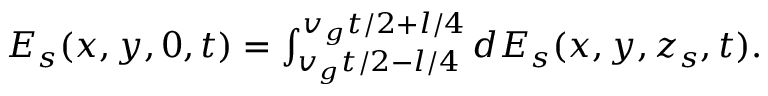
\begin{array} { r } { E _ { s } ( x , y , 0 , t ) = \int _ { v _ { g } t / 2 - l / 4 } ^ { v _ { g } t / 2 + l / 4 } d E _ { s } ( x , y , z _ { s } , t ) . } \end{array}